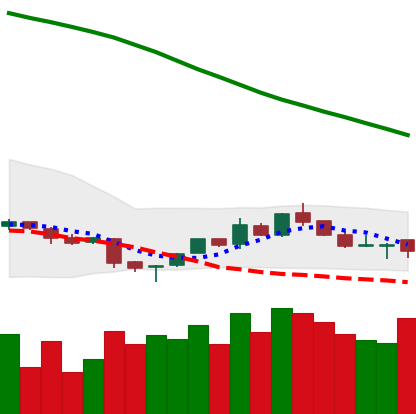
Ticker: NEO-USD
Chart end date: 2018-11-12
Forward return: -21.551%
Label: down_7plus